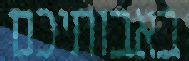
באבותיכם